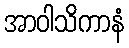
အာဝါသိကာနံ